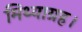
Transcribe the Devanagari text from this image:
मिथ्याग्रह।